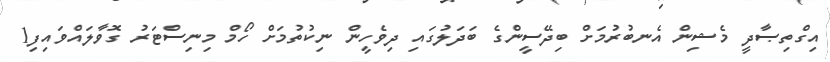
އިގްތިޞާދީ މެޝިން އެނބުރުމަށް ބިދޭސީންގެ ބަދަލުގައި ދިވެހީން ނިކުތުމަށް ހޯމް މިނިސްޓަރު ގޮވާލައްވައިފި1